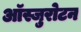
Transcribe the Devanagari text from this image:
ऑस्जुरोटन